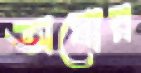
অঘোর